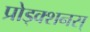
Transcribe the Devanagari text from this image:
प्रोड्क्शनस्